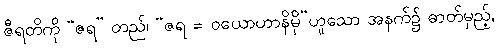
ဇီရတိကို “ဇရ” တည်၊ “ဇရ = ဝယောဟာနိမှိ”ဟူသော အနက်၌ ဓာတ်မှည့်,